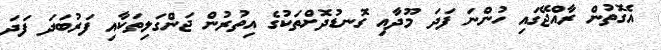
އެގޮތުން ރާއްޖޭގައި ހުންނަ ފަދަ މޫދާއި ގޮނޑުދޮށްތަކުގެ އިތުރުން ޖަންގަލިތަކާއި ފަރުބަދަ ފަދަ